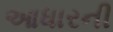
આધારની